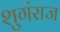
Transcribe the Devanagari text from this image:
शुगंराज